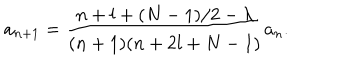
LaTeX: a _ { n + 1 } = \frac { n + l + ( N - 1 ) / 2 - \lambda } { ( n + 1 ) ( n + 2 l + N - 1 ) } a _ { n } .